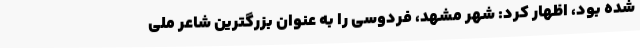
شده بود، اظهار کرد: شهر مشهد، فردوسی را به عنوان بزرگترین شاعر ملی